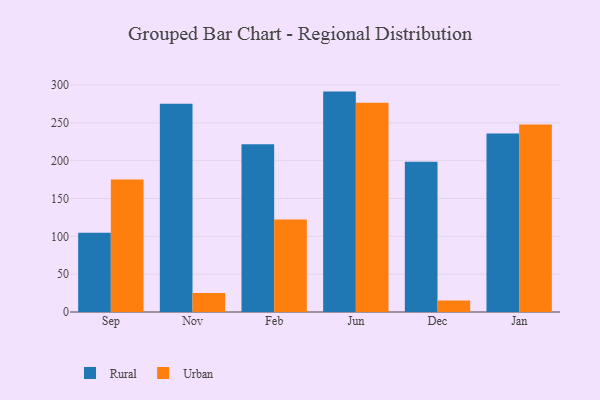
{"axis": {"x": "Month", "y": "Headcount"}, "legend": ["Rural", "Urban"], "data": [{"x": "Sep", "y": 104.6, "type": "Rural"}, {"x": "Sep", "y": 175.1, "type": "Urban"}, {"x": "Nov", "y": 275.4, "type": "Rural"}, {"x": "Nov", "y": 25.0, "type": "Urban"}, {"x": "Feb", "y": 221.8, "type": "Rural"}, {"x": "Feb", "y": 122.1, "type": "Urban"}, {"x": "Jun", "y": 291.3, "type": "Rural"}, {"x": "Jun", "y": 276.7, "type": "Urban"}, {"x": "Dec", "y": 198.5, "type": "Rural"}, {"x": "Dec", "y": 15.1, "type": "Urban"}, {"x": "Jan", "y": 236.0, "type": "Rural"}, {"x": "Jan", "y": 247.8, "type": "Urban"}]}